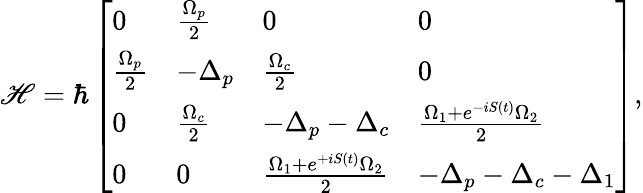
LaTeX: \mathscr{H}=\hbar\left[\begin{array}{llll}{0}&{\frac{\Omega_{p}}{2}}&{0}&{0}\\ {\frac{\Omega_{p}}{2}}&{-\Delta_{p}}&{\frac{\Omega_{c}}{2}}&{0}\\ {0}&{\frac{\Omega_{c}}{2}}&{-\Delta_{p}-\Delta_{c}}&{\frac{\Omega_{1}+e^{-iS(t)}\Omega_{2}}{2}}\\ {0}&{0}&{\frac{\Omega_{1}+e^{+iS(t)}\Omega_{2}}{2}}&{-\Delta_{p}-\Delta_{c}-\Delta_{1}}\end{array}\right],